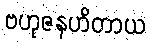
ဗဟုဇနဟိတာယ